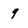
Character: 9